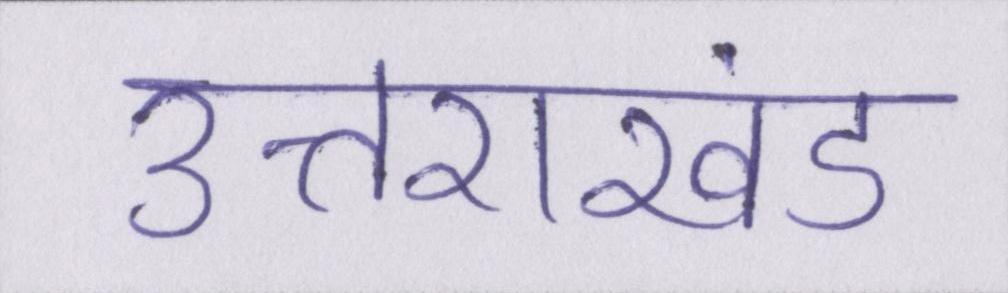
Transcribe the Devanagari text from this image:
उत्तराखंड